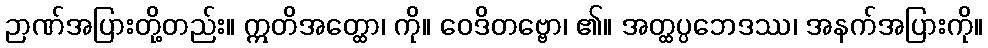
ဉာဏ်အပြားတို့တည်း။ ဣတိအတ္ထော၊ ကို။ ဝေဒိတဗ္ဗော၊ ၏။ အတ္ထပ္ပဘေဒဿ၊ အနက်အပြားကို။